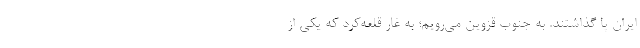
ایران پا گذاشتند. به جنوب قزوین می‌رویم؛ به غار قلعه‌کرد که یکی از